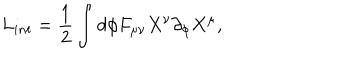
LaTeX: L _ { i n t } = \frac { 1 } { 2 } \int d \phi F _ { \mu \nu } X ^ { \nu } \partial _ { \phi } X ^ { \mu } ,